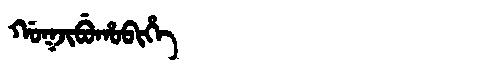
Manchu: ᡤᠣᡴᠵᡳᠪᡠᡥᠣᠪᡳᡥᡝ
Romanization: GOKJIBUHOBIHE